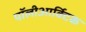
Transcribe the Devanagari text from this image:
पॉलीआर्क्टिक